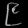
Digit: ၉